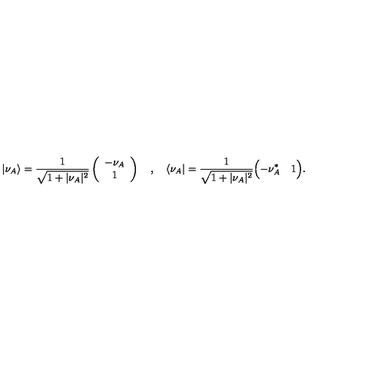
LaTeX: \vert \nu _ { A } \rangle = { \frac { 1 } { \sqrt { 1 + \vert \nu _ { A } \vert ^ { 2 } } } } \left( \begin{array} { c } { - \nu _ { A } } \\ { 1 } \\ \end{array} \right) \quad , \quad \langle \nu _ { A } \vert = { \frac { 1 } { \sqrt { 1 + \vert \nu _ { A } \vert ^ { 2 } } } } \Bigl ( - \nu _ { A } ^ { * } \quad 1 \Bigr ) .